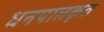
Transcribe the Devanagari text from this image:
धनपालकृत